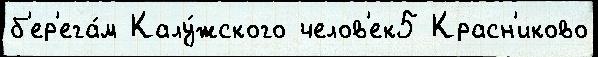
б'ер'ега́м Калу́жского челов'ек5 Красн'иково